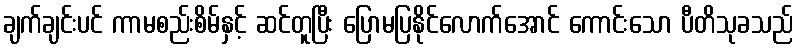
ချက်ချင်းပင် ကာမစည်းစိမ်နှင့် ဆင်တူပြီး ပြောမပြနိုင်လောက်အောင် ကောင်းသော ပီတိသုခသည်